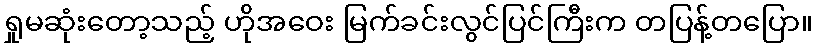
ရှုမဆုံးတော့သည့် ဟိုအဝေး မြက်ခင်းလွင်ပြင်ကြီးက တပြန့်တပြော။